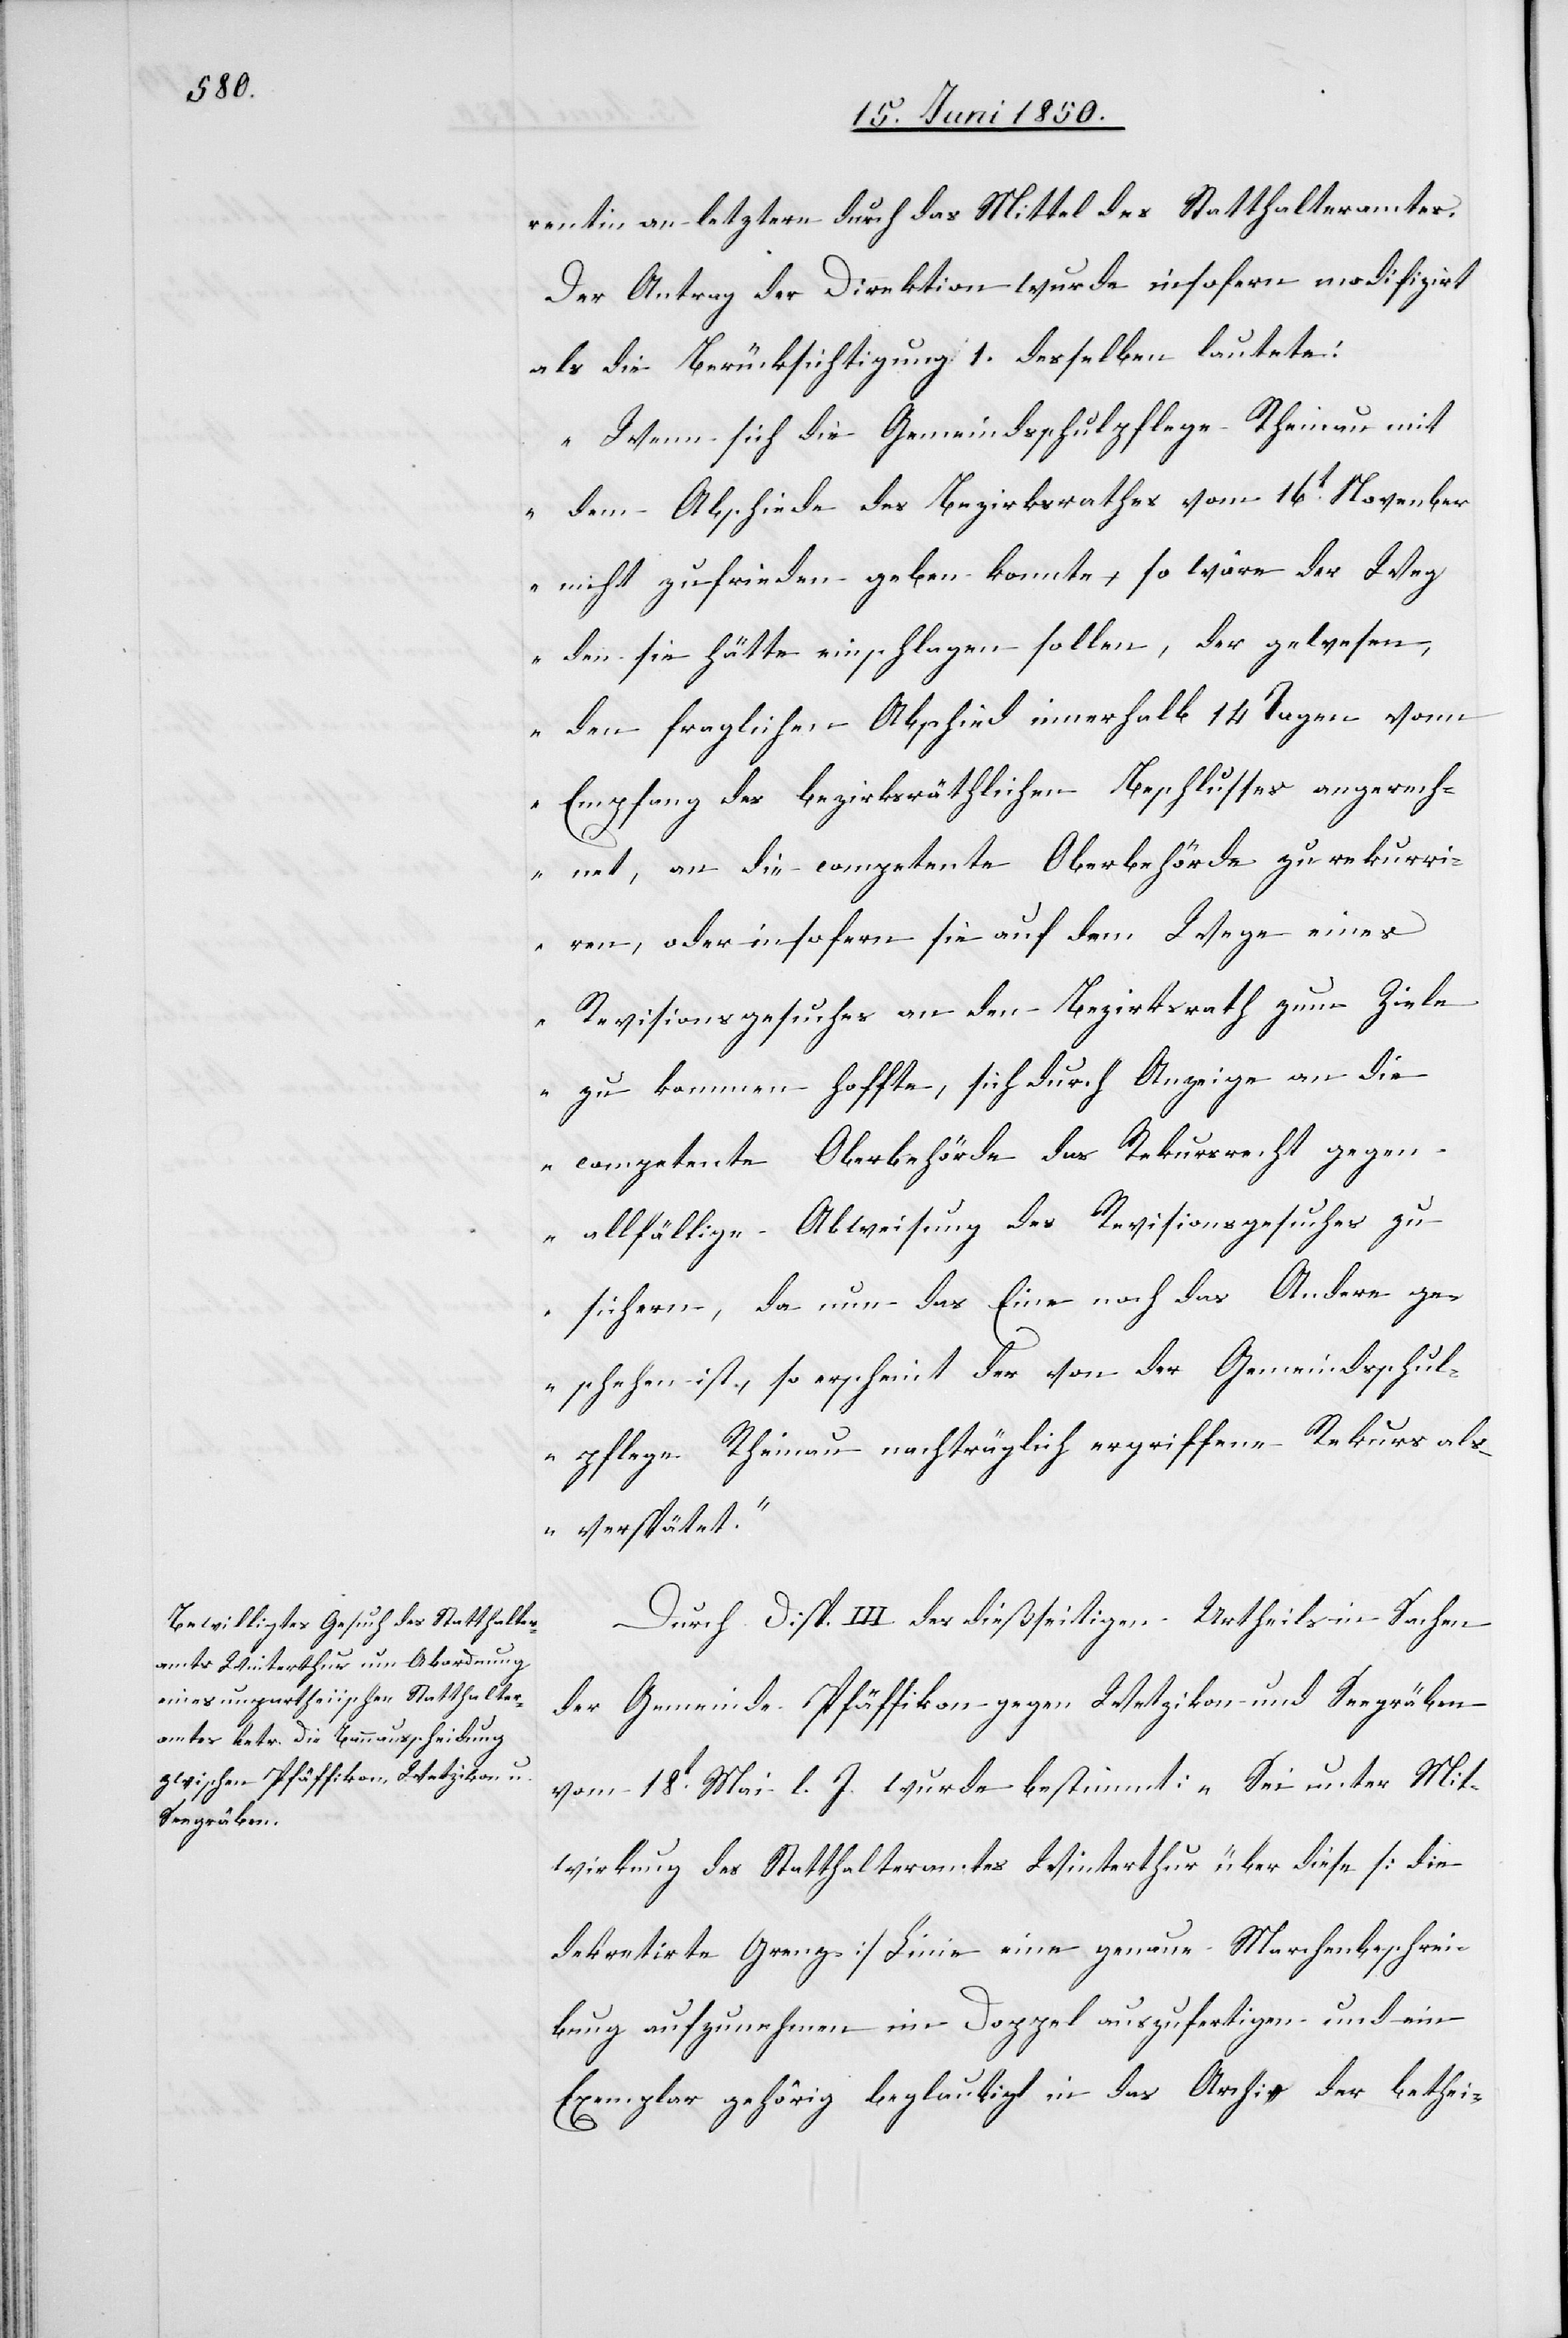
rentin an letztere durch das Mittel des Statthalteramtes.
Der Antrag der Direktion wurde insofern modifizirt
als die Berücksichtigung 1. desselben lautete:
„Wenn sich die Gemeindsschulpflege Rheinau mit
dem Abschiede des Bezirksrathes vom 16t November
nicht zufrieden geben konnte so wäre der Weg
den sie hätte einschlagen sollen, der gewesen,
den fraglichen Abschied innerhalb 14 Tagen vom
Empfang des bezirksräthlichen Beschlusses angerech¬
net, an die competente Oberbehörde zu rekurri¬
ren, oder insofern sie auf dem Wege eines
Revisionsgesuches an den Bezirksrath zum Ziele
zu kommen hoffte, sich durch Anzeige an die
competente Oberbehörde das Rekursrecht gegen
allfällige Abweisung des Revisionsgesuches zu
sichern, da nun [weder] das Eine noch das Andere ge¬
schehen ist, so erscheint der von der Gemeindsschul¬
pflege Rheinau nachträglich ergriffene Rekurs als
verspätet.“
Durch Disp. III des dießseitigen Urtheils in Sachen
der Gemeinde Pfäffikon gegen Wetzikon und Seegräben
vom 18t Mai l. J. wurde bestimmt: „Sei unter Mit¬
wirkung des Statthalteramtes Winterthur über diese [die
dekretirte Grenz-] Linie eine genaue Marchenbeschrei¬
bung aufzunehmen im Doppel auszufertigen und ein
Exemplar gehörig beglaubigt in das Archiv der bethei-